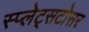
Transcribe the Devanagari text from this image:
स्प्लेट्सटोसर